Lunatic asylums Madras 1877-1891 - 1877-1891
Year: 1877
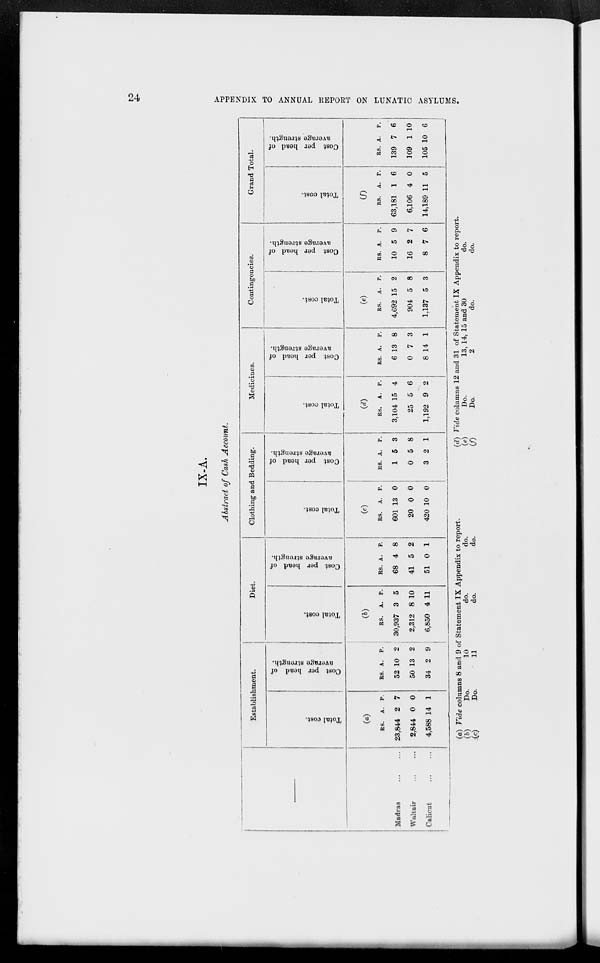
24
APPENDIX TO ANNUAL REPORT ON LUNATIC ASYLUMS.
IX-A.
Abstract of Cash Account.
—
Madras ... ...
Waltair
...
...
Calicut ... ...
Establishment.
Total cost.
(a)
RS.
23,844
2,844
4,588
A.
2
0
14
P.
7
0
1
Cost per head of
average strength.
RS.
52
50
34
A.
10
13
2
P.
2
2
9
Diet.
Total cost.
(b)
RS.
30,937
2,312
6,850
A.
3
8
4
P.
5
10
11
Cost per head of
average strength.
RS.
68
41
51
A.
4
5
0
P.
8
2
1
Clothing and Bedding.
Total cost.
(c)
RS.
601
20
420
A.
13
0
10
P.
0
0
0
Cost per head of
average strength.
RS.
1
0
3
A.
5
5
2
P.
3
8
1
Medicines.
Total cost.
(d)
RS.
3,104
25
1,192
A.
15
5
9
P.
4
6
2
Cost per head of
average strength.
RS.
6
0
8
A.
13
7
14
P.
8
3
1
Contingencies.
Total cost.
(e)
RS.
4,692
904
1,137
A.
15
5
5
P.
2
8
3
Cost per head of
average strength.
RS.
10
16
8
A.
5
2
7
P.
9
7
6
Grand Total.
Total cost.
(f)
RS.
63,181
6,106
14,189
A.
1
4
11
P.
6
0
5
Cost per head of
average strength.
RS.
139
109
105
A.
7
1
10
P.
6
10
6
(a)
(b)
(c)
Vide columns 8 and 9 of Statement IX Appendix to report.
Do.
10
do.
do.
Do
11
do.
do.
(d)
(e)
(f)
Vide columns 12 and 31 of Statement IX Appendix to report.
Do.
13,14, 15 and 30
do.
Do.
2
do.
do.